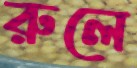
রুলে